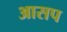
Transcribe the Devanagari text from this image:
आसप